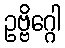
ဥဗ္ဗိဂ္ဂေါ